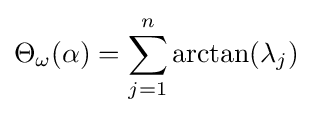
\Theta _{\omega }(\alpha )=\sum _{j=1}^{n}\arctan(\lambda _{j})